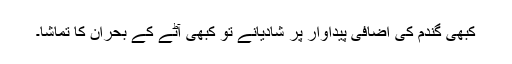
کبھی گندم کی اضافی پیداوار پر شادیانے تو کبھی آٹے کے بحران کا تماشا۔